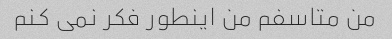
من متاسفم من اینطور فکر نمی کنم